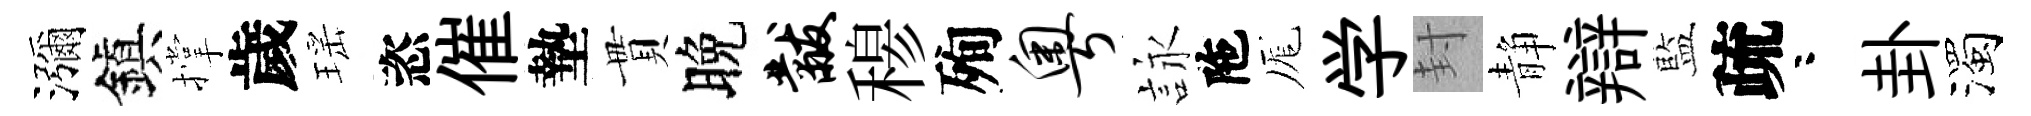
瀰鎭撑歲瑶恣催墊貫晚黻𥠇殉粤詠陁厖学封静辯藍疏咯卦濁